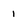
Character: 1